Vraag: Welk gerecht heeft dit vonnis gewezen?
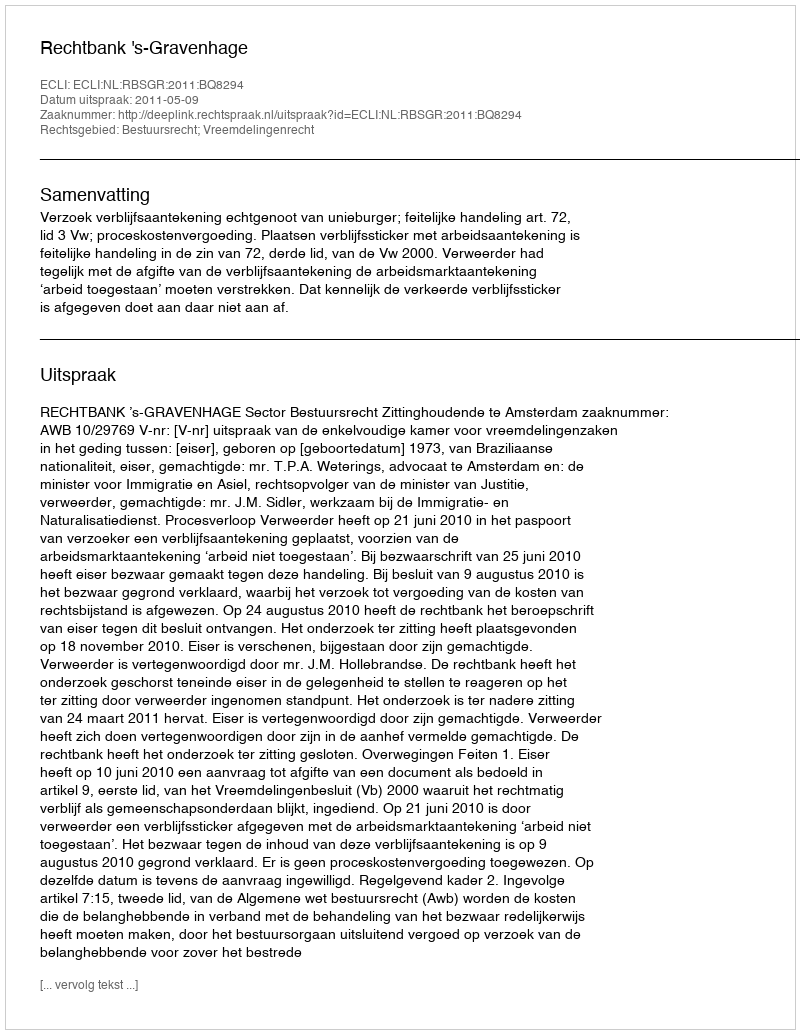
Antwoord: Rechtbank 's-Gravenhage